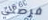
فرصتي